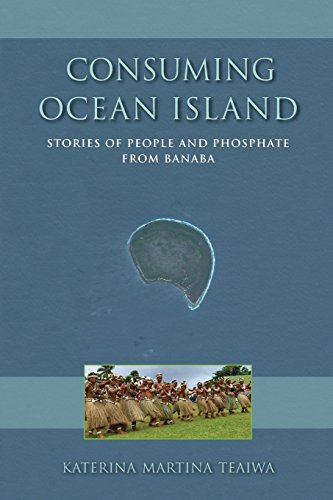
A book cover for Consuming Ocean Island: Stories of People and Phosphate from Banaba (Tracking Globalization); Katerina Martina Teaiwa; History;